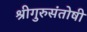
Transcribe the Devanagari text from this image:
श्रीगुरुसंतोषी